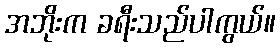
အဘိုးက ခရီးသည်ပါကွယ်။